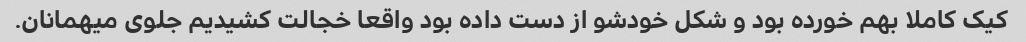
کیک کاملا بهم خورده بود و شکل خودشو از دست داده بود واقعا خجالت کشیدیم جلوی میهمانان.